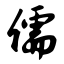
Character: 儒